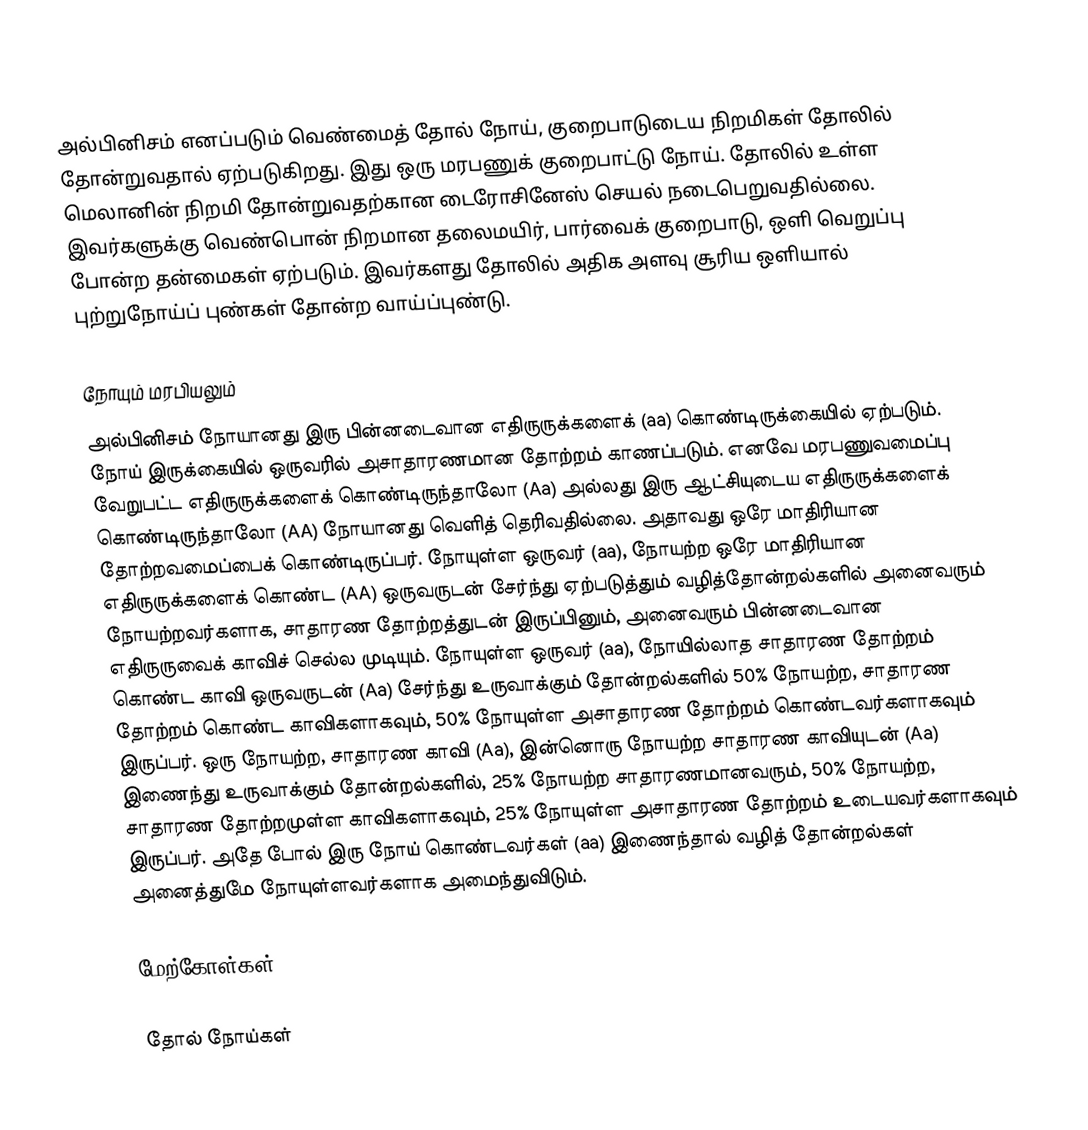
அல்பினிசம் எனப்படும் வெண்மைத் தோல் நோய், குறைபாடுடைய நிறமிகள் தோலில் தோன்றுவதால் ஏற்படுகிறது. இது ஒரு மரபணுக் குறைபாட்டு நோய். தோலில் உள்ள மெலானின் நிறமி தோன்றுவதற்கான டைரோசினேஸ் செயல் நடைபெறுவதில்லை. இவர்களுக்கு வெண்பொன் நிறமான தலைமயிர், பார்வைக் குறைபாடு, ஒளி வெறுப்பு போன்ற தன்மைகள் ஏற்படும். இவர்களது தோலில் அதிக அளவு சூரிய ஒளியால் புற்றுநோய்ப் புண்கள் தோன்ற வாய்ப்புண்டு.

நோயும் மரபியலும்
அல்பினிசம் நோயானது இரு பின்னடைவான எதிருருக்களைக் (aa) கொண்டிருக்கையில் ஏற்படும். நோய் இருக்கையில் ஒருவரில் அசாதாரணமான தோற்றம் காணப்படும். எனவே மரபணுவமைப்பு வேறுபட்ட எதிருருக்களைக் கொண்டிருந்தாலோ (Aa) அல்லது இரு ஆட்சியுடைய எதிருருக்களைக் கொண்டிருந்தாலோ (AA) நோயானது வெளித் தெரிவதில்லை. அதாவது ஒரே மாதிரியான தோற்றவமைப்பைக் கொண்டிருப்பர். நோயுள்ள ஒருவர் (aa), நோயற்ற ஒரே மாதிரியான எதிருருக்களைக் கொண்ட (AA) ஒருவருடன் சேர்ந்து ஏற்படுத்தும் வழித்தோன்றல்களில் அனைவரும் நோயற்றவர்களாக, சாதாரண தோற்றத்துடன் இருப்பினும், அனைவரும் பின்னடைவான எதிருருவைக் காவிச் செல்ல முடியும். நோயுள்ள ஒருவர் (aa), நோயில்லாத சாதாரண தோற்றம் கொண்ட காவி ஒருவருடன் (Aa) சேர்ந்து உருவாக்கும் தோன்றல்களில் 50% நோயற்ற, சாதாரண தோற்றம் கொண்ட காவிகளாகவும், 50% நோயுள்ள அசாதாரண தோற்றம் கொண்டவர்களாகவும் இருப்பர். ஒரு நோயற்ற, சாதாரண காவி (Aa), இன்னொரு நோயற்ற சாதாரண காவியுடன் (Aa) இணைந்து உருவாக்கும் தோன்றல்களில், 25% நோயற்ற சாதாரணமானவரும், 50% நோயற்ற, சாதாரண தோற்றமுள்ள காவிகளாகவும், 25% நோயுள்ள அசாதாரண தோற்றம் உடையவர்களாகவும் இருப்பர். அதே போல் இரு நோய் கொண்டவர்கள் (aa) இணைந்தால் வழித் தோன்றல்கள் அனைத்துமே நோயுள்ளவர்களாக அமைந்துவிடும்.

மேற்கோள்கள்

தோல் நோய்கள்